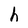
Character: h